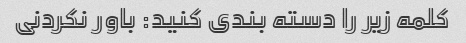
کلمه زیر را دسته بندی کنید: باور نکردنی